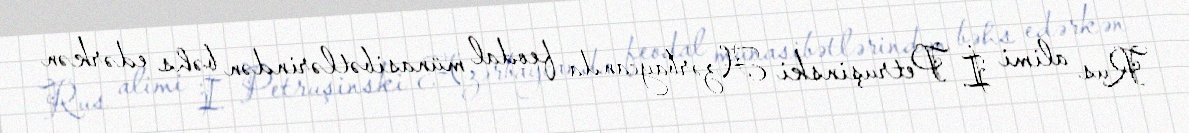
Rus alimi İ. Petruşinski Azərbaycanda feodal münasibətlərindən bəhs edərkən